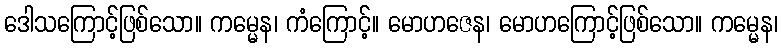
ဒေါသကြောင့်ဖြစ်သော။ ကမ္မေန၊ ကံကြောင့်။ မောဟဇေန၊ မောဟကြောင့်ဖြစ်သော။ ကမ္မေန၊